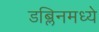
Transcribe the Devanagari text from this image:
डब्लिनमध्ये